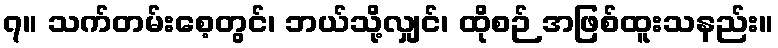
၇။ သက်တမ်းစေ့တွင်၊ ဘယ်သို့လျှင်၊ ထိုစဉ် အဖြစ်ထူးသနည်း။